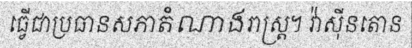
ធ្វើជាប្រធានសភាតំណាងរាស្ត្រ។ វ៉ាស៊ីនតោន